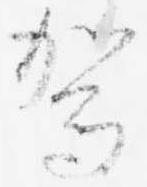
賀